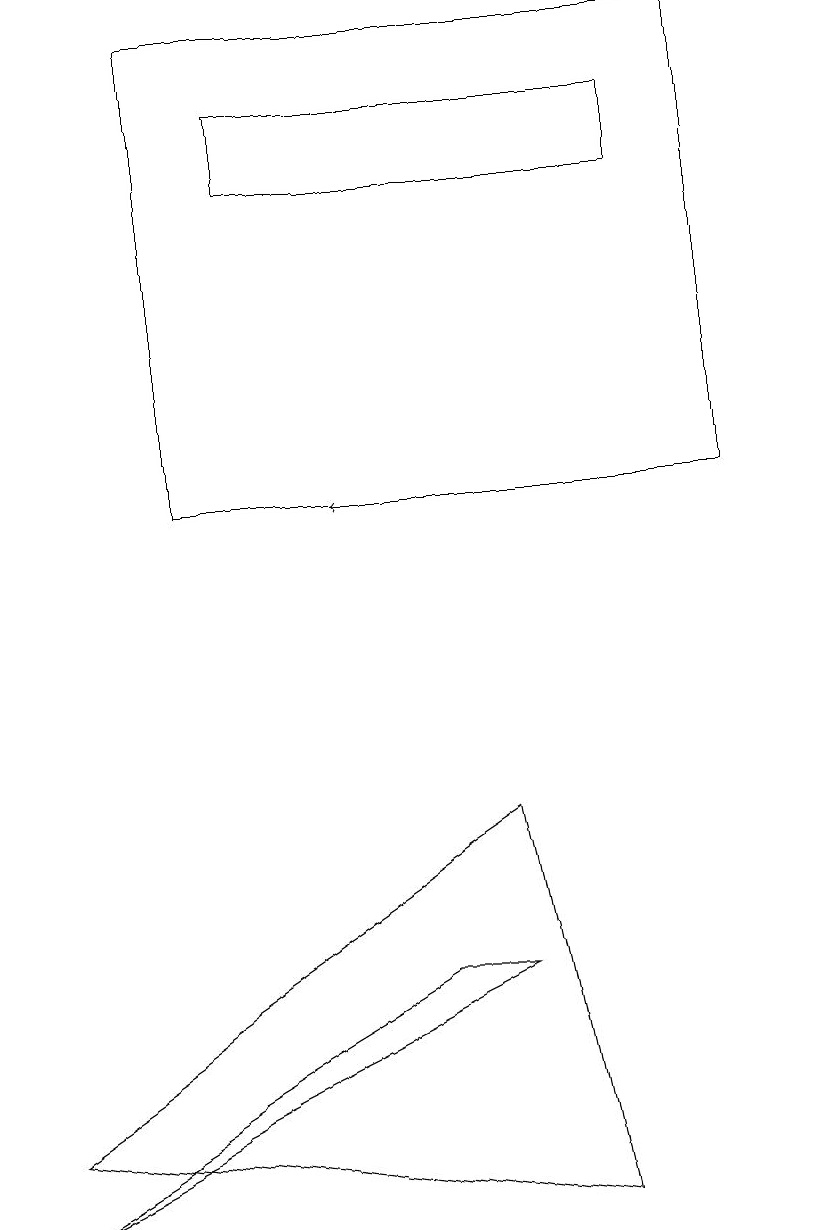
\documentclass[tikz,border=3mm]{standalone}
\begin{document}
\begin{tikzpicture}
\draw[->] (6,10) -- (4,10);
\draw (2,16) rectangle (9,10);
\draw (0,2) -- (6,6) -- (7,1) -- cycle;
\draw (5,4) -- (0,1) -- (6,4) -- cycle;
\draw (3,15) rectangle (8,14);
\draw (10,12) circle (0);
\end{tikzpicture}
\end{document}